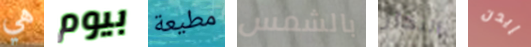
هي بيوم مطيعة بالشمس البخار إيدن